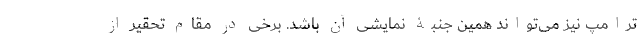
ترامپ نیز می‌تواند همین جنبۀ نمایشی آن باشد. برخی در مقام تحقیر از